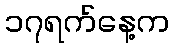
၁၇ရက်နေ့က